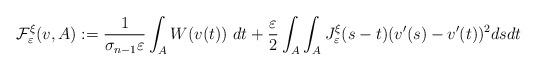
LaTeX: \begin{align*}\mathcal{F}_{\varepsilon}^{\xi}(v,A):=\frac{1}{\sigma_{n-1}\varepsilon}\int_{A}W(v(t))~dt+\frac{\varepsilon}{2}\int_{A}\int_{A}J_{\varepsilon}^{\xi}(s-t)(v^{\prime}(s)-v^{\prime}(t))^{2}dsdt \end{align*}